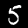
Label: 5